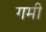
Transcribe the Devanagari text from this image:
गमी